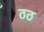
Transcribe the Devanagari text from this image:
ठठ